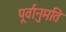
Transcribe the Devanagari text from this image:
पूर्वानुमति